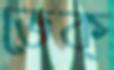
ভেক্